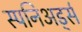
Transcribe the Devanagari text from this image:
स्पनिअर्ड्स